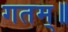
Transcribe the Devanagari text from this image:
गतम्॥